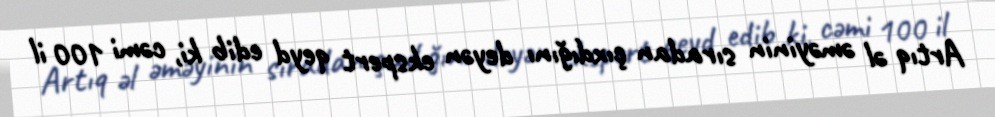
Artıq əl əməyinin sıradan çıxdığını deyən ekspert qeyd edib ki, cəmi 100 il